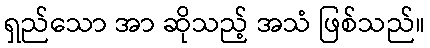
ရှည်သော အာ ဆိုသည့် အသံ ဖြစ်သည်။